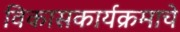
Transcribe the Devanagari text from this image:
विकासकार्यक्रमाचे